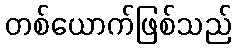
တစ်ယောက်ဖြစ်သည်